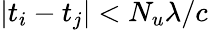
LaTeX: \left|t_{i}-t_{j}\right|<N_{u}\lambda/c